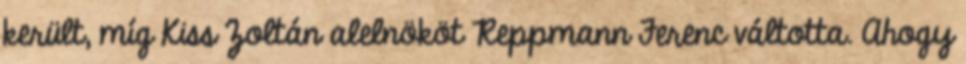
került, míg Kiss Zoltán alelnököt Reppmann Ferenc váltotta. Ahogy